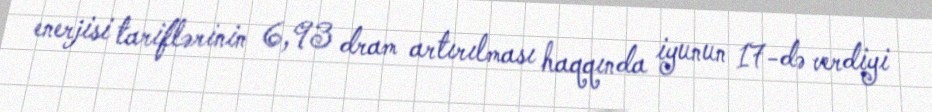
enerjisi tariflərinin 6,93 dram artırılması haqqında iyunun 17-də verdiyi